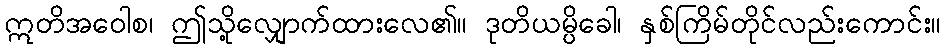
ဣတိအဝေါစ၊ ဤသို့လျှောက်ထားလေ၏။ ဒုတိယမ္ပိခေါ၊ နှစ်ကြိမ်တိုင်လည်းကောင်း။